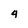
Character: 4